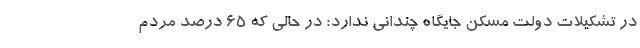
در تشکیلات دولت مسکن جایگاه چندانی ندارد؛ در حالی که ۶۵ درصد مردم